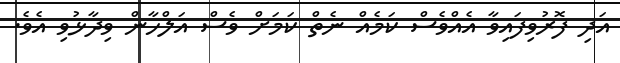
އަދި ފޮރުވިފައިވާ އެއްވެސް ކަމެއް ނެތް ކަމަށް ވެސް އަލްހާން ވިދާޅުވި އެވެ.